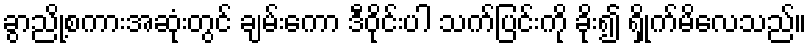
ခွာညို့စကားအဆုံးတွင် ချမ်းကော ဒီဝိုင်းပါ သက်ပြင်းကို ခိုး၍ ရှိုက်မိလေသည်။